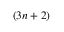
( 3 n + 2 )